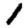
Digit: 1